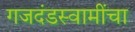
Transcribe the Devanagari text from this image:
गजदंडस्वामींचा